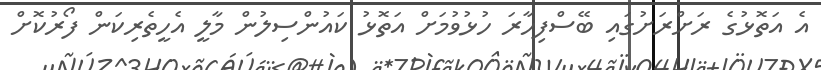
އެ އަތޮޅުގެ ރަށްރަށުގައި ބޭސްފިހާރަ ހުޅުވުމަށް އަތޮޅު ކައުންސިލުން މާލީ އެހީތެރިކަން ފޯރުކޮށް